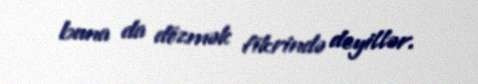
buna da dözmək fikrində deyillər.